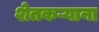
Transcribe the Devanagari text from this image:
शेतकऱ्याना